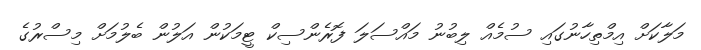
މަލާކަށް އިމްތިހާނުގައި ސުމެއް ލިބުނު މައްސަލަ ފޮރެންސިކް ޓީމަކުން އަލުން ބެލުމަށް މިސްރުގެ